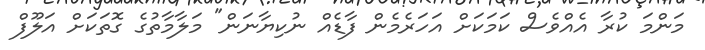
މަންމަ ކުރާ އެއްވެސް ކަމަކަށް އަހަރެމެން ފާޑެއް ނުކިޔާނަން" މަލާމާތުގެ ގޮތަކަށް އަލޫފް